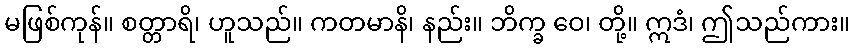
မဖြစ်ကုန်။ စတ္တာရိ၊ ဟူသည်။ ကတမာနိ၊ နည်း။ ဘိက္ခ ဝေ၊ တို့။ ဣဒံ၊ ဤသည်ကား။